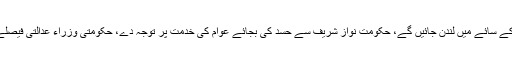
مریم اورنگزیب کا کہنا ہے نواز شریف عوام کی دعاؤں کے سائے میں لندن جائیں گے، حکومت نواز شریف سے حسد کی بجائے عوام کی خدمت پر توجہ دے، حکومتی وزراء عدالتی فیصلے کی غلط تشریح کر کے ڈھٹائی کا مظاہرہ کر رہے ہیں۔